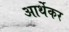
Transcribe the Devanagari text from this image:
आर्थेकर